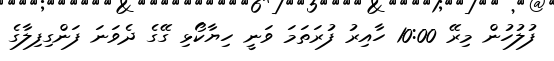
ފުލުހުން މިރޭ 10:00 ހާއިރު ފުރަތަމަ ވަނީ ހިޔާކޯޅި ގޭގެ ދެވަނަ ފަންގިފިލާގެ